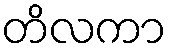
တိလကာ